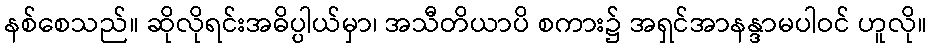
နစ်စေသည်။ ဆိုလိုရင်းအဓိပ္ပါယ်မှာ၊ အသီတိယာပိ စကား၌ အရှင်အာနန္ဒာမပါဝင် ဟူလို။